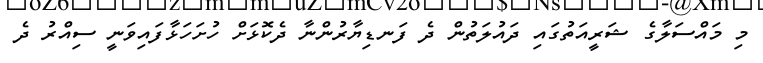
މި މައްސަލާގެ ޝަރީއަތުގައި ދައުލަތުން ދެ ފަނޑިޔާރުންނާ ދެކޮޅަށް ހުށަހަޅާފައިވަނީ ސިއްރު ދެ